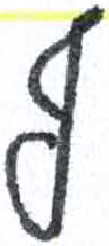
אות: ף